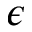
\epsilon